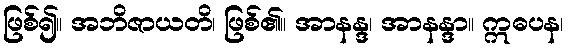
ဖြစ်၍။ အဘိဇာယတိ၊ ဖြစ်၏။ အာနန္ဒ၊ အာနန္ဒာ။ ဣဓပန၊